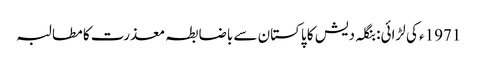
1971ء کی لڑائی: بنگلہ دیش کا پاکستان سے باضابطہ معذرت کا مطالبہ